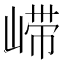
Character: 𫶇